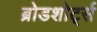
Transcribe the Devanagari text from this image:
ब्रोडशोर्ट्स